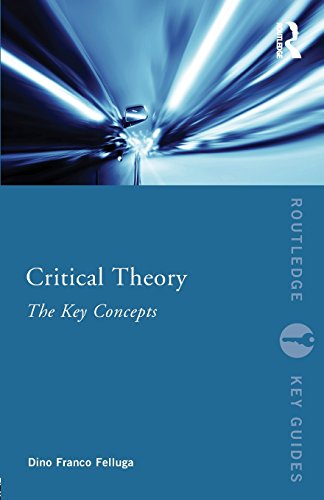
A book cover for Critical Theory: The Key Concepts (Routledge Key Guides); Dino Franco Felluga; Politics & Social Sciences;